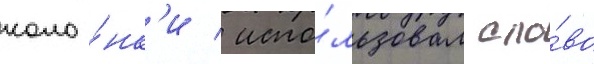
коло́нк'и / испо́льзовал сло́во